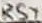
Text: RST